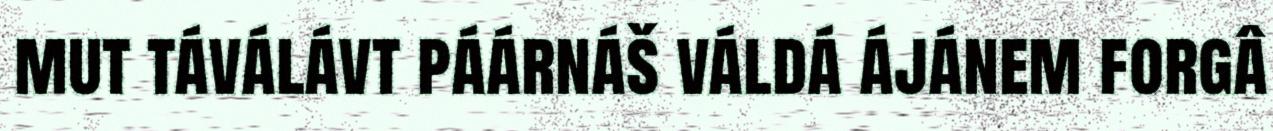
mut táválávt páárnáš váldá ájánem forgâ